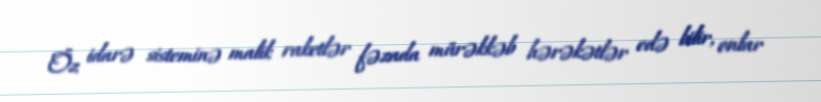
Öz idarə sisteminə malik raketlər fəzada mürəkkəb hərəkətlər edə bilir, onlar